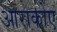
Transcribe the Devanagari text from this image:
आराकोए